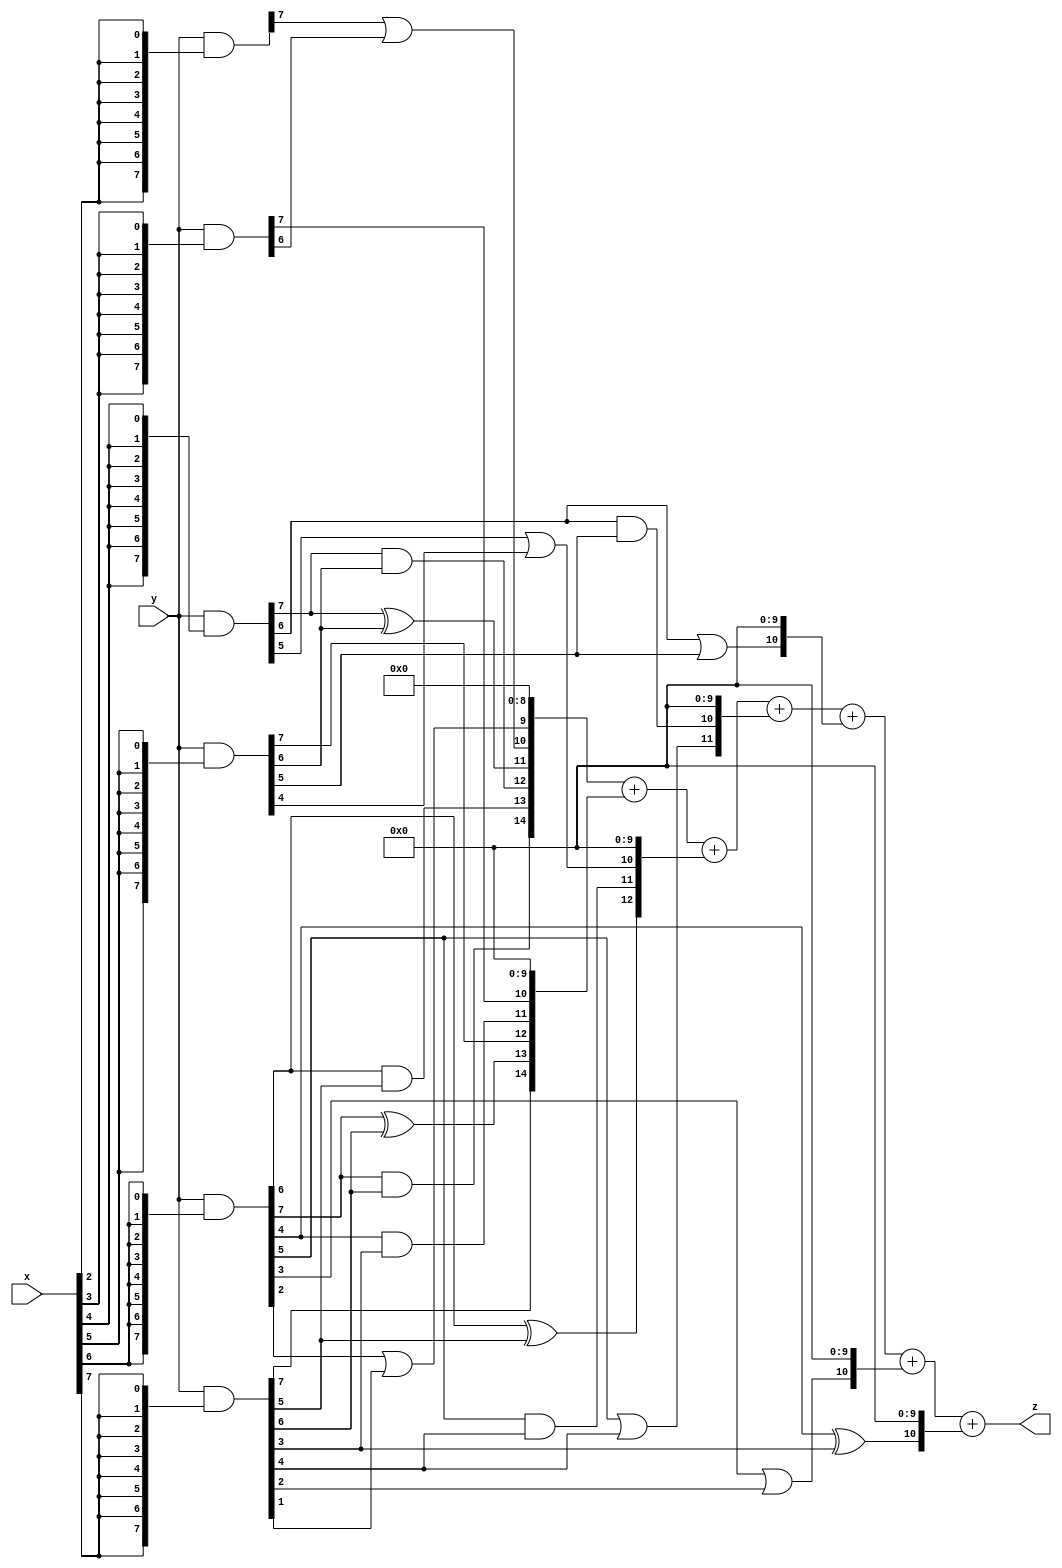
// terms: 19
// fval:  1216398.25

module unsigned_8x8_l8_lamb50000_4 (
	input [7:0] x,
	input [7:0] y,
	output [15:0] z
);


wire [7:0] part1 =  y & {8{x[0]}};
wire [7:0] part2 =  y & {8{x[1]}};
wire [7:0] part3 =  y & {8{x[2]}};
wire [7:0] part4 =  y & {8{x[3]}};
wire [7:0] part5 =  y & {8{x[4]}};
wire [7:0] part6 =  y & {8{x[5]}};
wire [7:0] part7 =  y & {8{x[6]}};
wire [7:0] part8 =  y & {8{x[7]}};

wire [14:0] new_part1;
assign new_part1[0] = 0;
assign new_part1[1] = 0;
assign new_part1[2] = 0;
assign new_part1[3] = 0;
assign new_part1[4] = 0;
assign new_part1[5] = 0;
assign new_part1[6] = 0;
assign new_part1[7] = 0;
assign new_part1[8] = 0;
assign new_part1[9] = part7[2] | part8[1];
assign new_part1[10] = part3[7] | part4[6];
assign new_part1[11] = part5[7] ^ part6[6];
assign new_part1[12] = part5[7] & part6[6];
assign new_part1[13] = part7[6] & part8[5];
assign new_part1[14] = part7[7] & part8[6];

wire [14:0] new_part2;
assign new_part2[0] = 0;
assign new_part2[1] = 0;
assign new_part2[2] = 0;
assign new_part2[3] = 0;
assign new_part2[4] = 0;
assign new_part2[5] = 0;
assign new_part2[6] = 0;
assign new_part2[7] = 0;
assign new_part2[8] = 0;
assign new_part2[9] = 0;
assign new_part2[10] = part4[7];
assign new_part2[11] = part7[4] & part8[3];
assign new_part2[12] = part6[7];
assign new_part2[13] = part7[7] ^ part8[6];
assign new_part2[14] = part8[7];

wire [12:0] new_part3;
assign new_part3[0] = 0;
assign new_part3[1] = 0;
assign new_part3[2] = 0;
assign new_part3[3] = 0;
assign new_part3[4] = 0;
assign new_part3[5] = 0;
assign new_part3[6] = 0;
assign new_part3[7] = 0;
assign new_part3[8] = 0;
assign new_part3[9] = 0;
assign new_part3[10] = part5[5] | part6[4];
assign new_part3[11] = part7[5] & part8[4];
assign new_part3[12] = part7[6] ^ part8[5];

wire [11:0] new_part4;
assign new_part4[0] = 0;
assign new_part4[1] = 0;
assign new_part4[2] = 0;
assign new_part4[3] = 0;
assign new_part4[4] = 0;
assign new_part4[5] = 0;
assign new_part4[6] = 0;
assign new_part4[7] = 0;
assign new_part4[8] = 0;
assign new_part4[9] = 0;
assign new_part4[10] = part5[6] & part6[5];
assign new_part4[11] = part7[5] | part8[4];

wire [10:0] new_part5;
assign new_part5[0] = 0;
assign new_part5[1] = 0;
assign new_part5[2] = 0;
assign new_part5[3] = 0;
assign new_part5[4] = 0;
assign new_part5[5] = 0;
assign new_part5[6] = 0;
assign new_part5[7] = 0;
assign new_part5[8] = 0;
assign new_part5[9] = 0;
assign new_part5[10] = part5[6] | part6[5];

wire [10:0] new_part6;
assign new_part6[0] = 0;
assign new_part6[1] = 0;
assign new_part6[2] = 0;
assign new_part6[3] = 0;
assign new_part6[4] = 0;
assign new_part6[5] = 0;
assign new_part6[6] = 0;
assign new_part6[7] = 0;
assign new_part6[8] = 0;
assign new_part6[9] = 0;
assign new_part6[10] = part7[3] | part8[2];

wire [10:0] new_part7;
assign new_part7[0] = 0;
assign new_part7[1] = 0;
assign new_part7[2] = 0;
assign new_part7[3] = 0;
assign new_part7[4] = 0;
assign new_part7[5] = 0;
assign new_part7[6] = 0;
assign new_part7[7] = 0;
assign new_part7[8] = 0;
assign new_part7[9] = 0;
assign new_part7[10] = part7[4] ^ part8[3];

assign z = new_part1 + new_part2 + new_part3 + new_part4 + new_part5 + new_part6 + new_part7;
endmodule